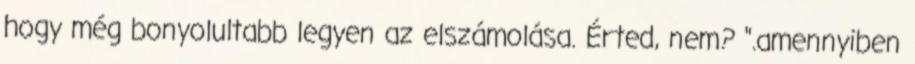
hogy még bonyolultabb legyen az elszámolása. Érted, nem? ".amennyiben